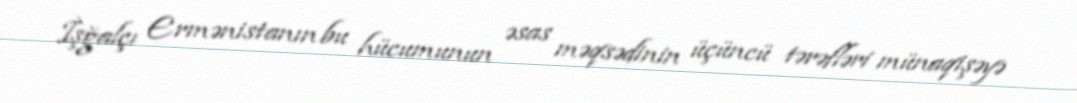
İşğalçı Ermənistanın bu hücumunun əsas məqsədinin üçüncü tərəfləri münaqişəyə